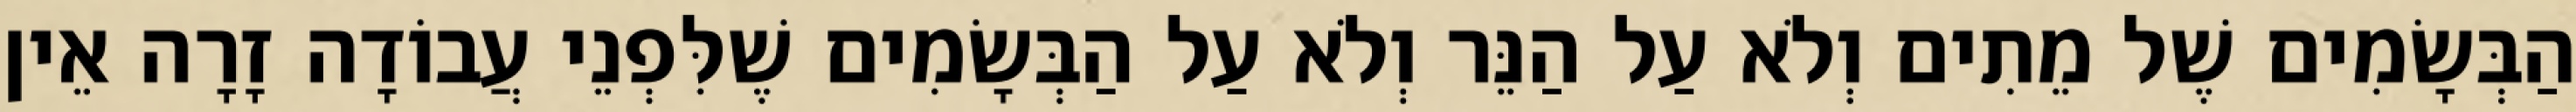
הַבְּשָׂמִים שֶׁל מֵתִים וְלֹא עַל הַנֵּר וְלֹא עַל הַבְּשָׂמִים שֶׁלִּפְנֵי עֲבוֹדָה זָרָה אֵין